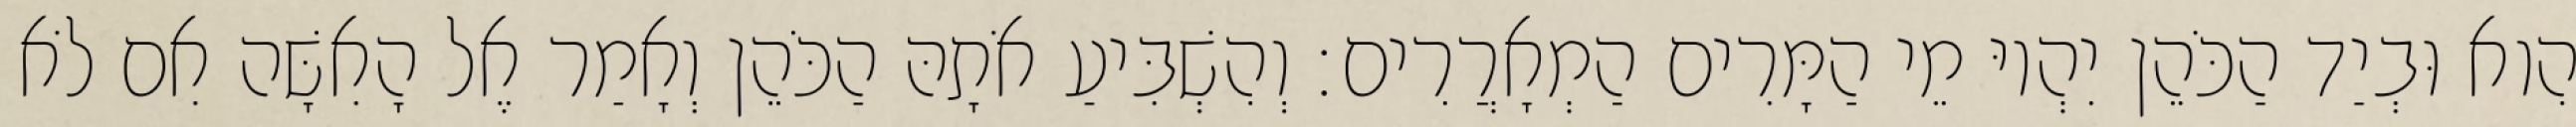
הִוא וּבְיַד הַכֹּהֵן יִהְיוּ מֵי הַמָּרִים הַמְאָרֲרִים׃ וְהִשְׁבִּיעַ אֹתָהּ הַכֹּהֵן וְאָמַר אֶל הָאִשָּׁה אִם לֹא